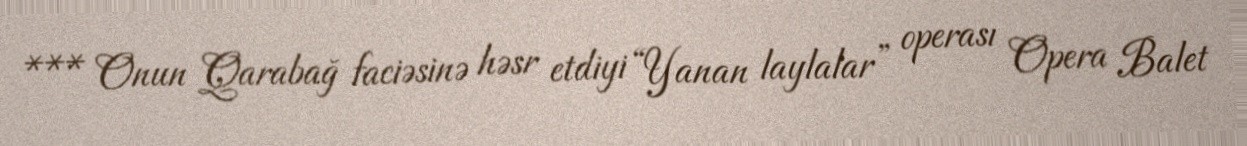
*** Onun Qarabağ faciəsinə həsr etdiyi “Yanan laylalar” operası Opera Balet